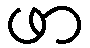
ဖာ